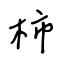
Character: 柿